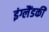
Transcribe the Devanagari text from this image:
इंग्लैंडकी